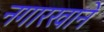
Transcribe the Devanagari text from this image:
नगारखाने